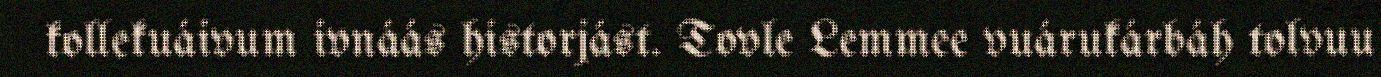
kollekuáivum ivnáás historjást. Tovle Lemmee vuárukárbáh tolvuu